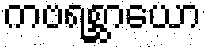
ကဗရစ္ဆာယော